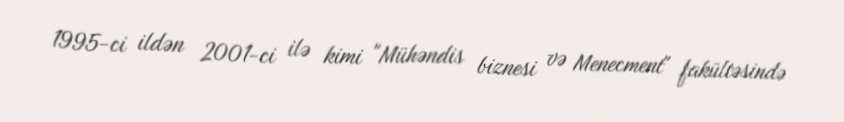
1995-ci ildən 2001-ci ilə kimi "Mühəndis biznesi və Menecment" fakültəsində